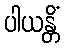
ပါယန္တိံ